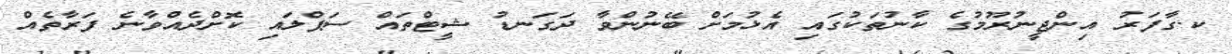
ކ.ގާފަރު އިންޖީނުރޫމުގެ ކާނުތަކުގައި އެޅުމަށް ބޭނުންވާ ދަގަނޑު ޝީޓްތައް ސަޕްލައި ކޮށްދެއްވާނެ ފަރާތެއް